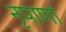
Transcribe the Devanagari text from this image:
नृपाणां